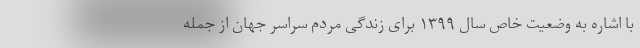
با اشاره به وضعیت خاص سال ۱۳۹۹ برای زندگی مردم سراسر جهان از جمله